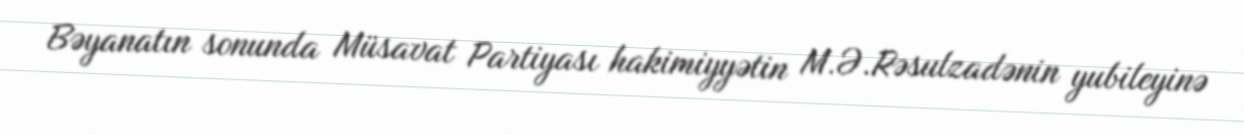
Bəyanatın sonunda Müsavat Partiyası hakimiyyətin M.Ə.Rəsulzadənin yubileyinə